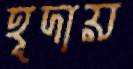
হূদায়